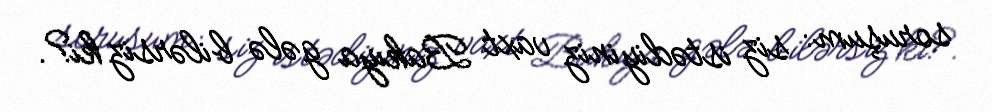
soruşum: siz istədiyiniz vaxt Bakıya gələ bilərsiz ki?.